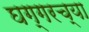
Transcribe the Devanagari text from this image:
घग्गरच्या